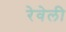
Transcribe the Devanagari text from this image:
रेवेली